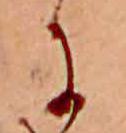
に